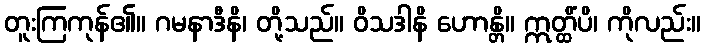
တူးကြကုန်၏။ ဂမနာဒီနိ၊ တို့သည်။ ဝိသဒါနိ ဟောန္တိ။ ဣတ္ထိံပိ၊ ကိုလည်း။